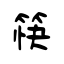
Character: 筷